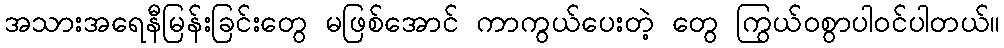
အသားအရေနီမြန်းခြင်းတွေ မဖြစ်အောင် ကာကွယ်ပေးတဲ့ တွေ ကြွယ်ဝစွာပါဝင်ပါတယ်။